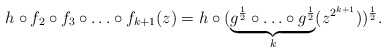
\begin{align*}h \circ f_{2} \circ f_3 \circ \ldots \circ f_{k+1} (z) = h\circ ( \underbrace{g^{\frac{1}{2}} \circ \ldots \circ g^{\frac{1}{2}}}_{k}(z^{2^{k+1}}))^{\frac12}.\end{align*}